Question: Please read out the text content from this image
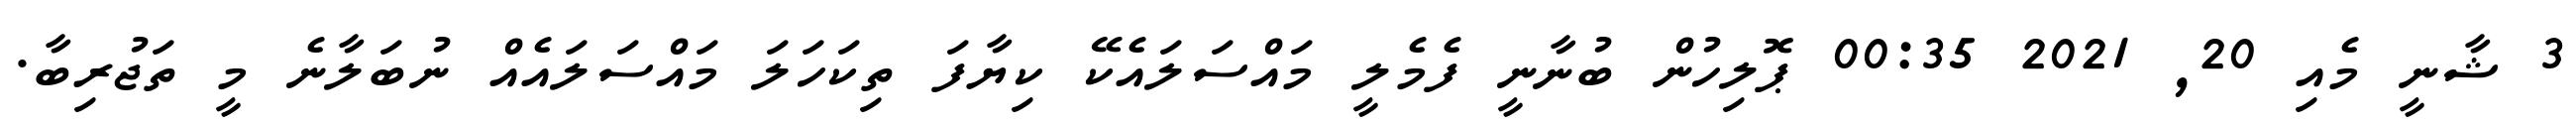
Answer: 3 ޝާނީ މެއި 20, 2021 00:35 ޕޮލިހުން ބުނާނީ ފެމެލީ މައްސަލައެކޭ ކިޔާފަ ތިކަހަލަ މައްސަލައެއް ނުބަލާނެ މީ ތަޖުރިބާ.